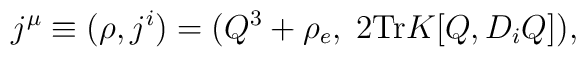
j^{\mu}\equiv(\rho,j^{i})=(Q^{3}+\rho_e,\;2\mbox{Tr}K[Q,D_{i}Q]),